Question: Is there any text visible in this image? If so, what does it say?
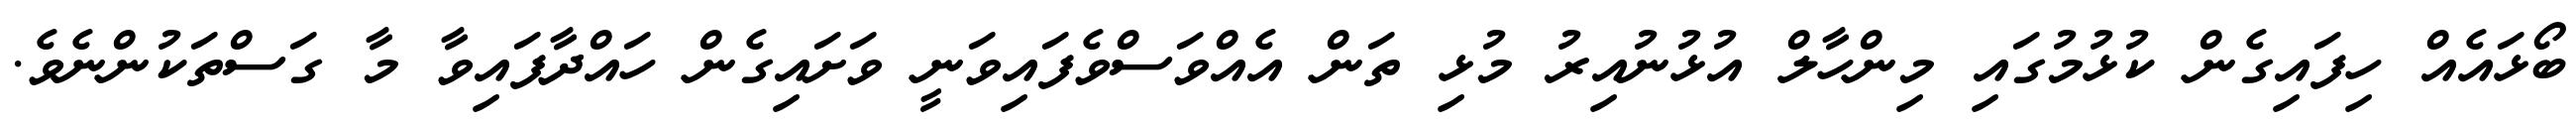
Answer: ބޯޅައެއް ހިފައިގެން ކުޅުމުގައި މިންހާލް އުޅުނުއިރު މުޅި ތަން އެއްވަސްވެފައިވަނީ ވަށައިގެން ހައްދާފައިވާ މާ ގަސްތަކުންނެވެ.